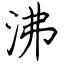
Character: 沸